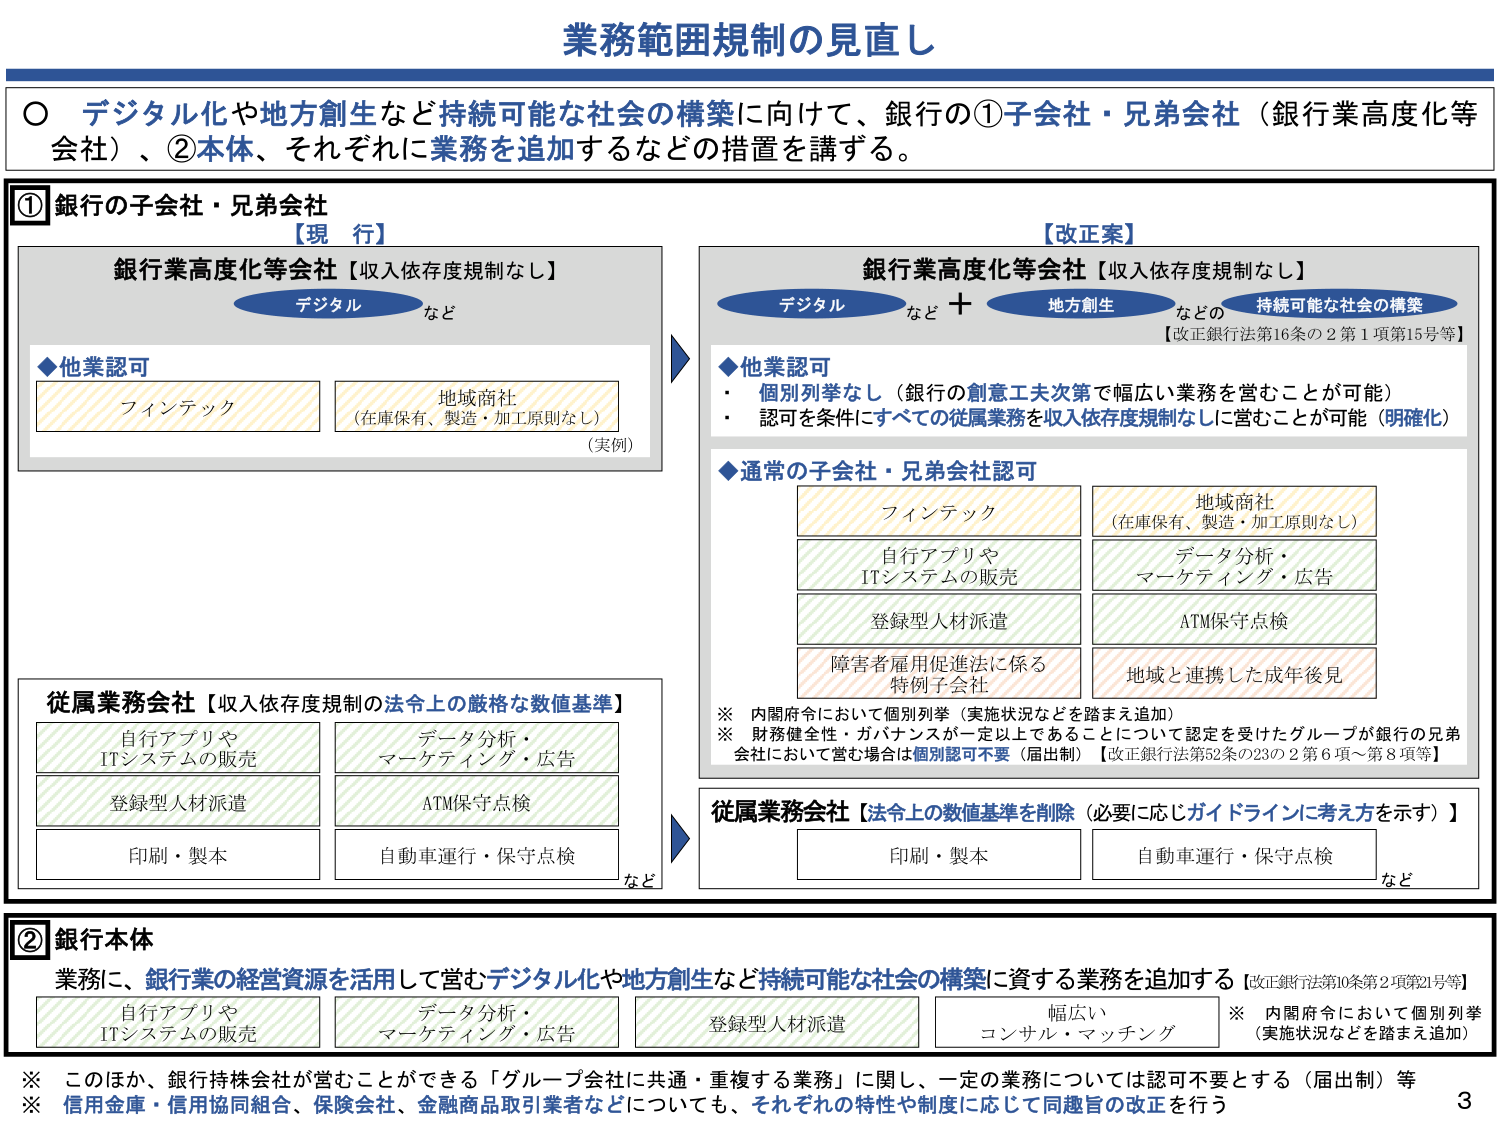
業務範囲規制の見直し

○ デジタル化や地方創生など持続可能な社会の構築に向けて、銀行の①子会社・兄弟会社（銀行業高度化等会社）、②本体、それぞれに業務を追加するなどの措置を講ずる。

①銀行の子会社・兄弟会社

【現 行】
銀行業高度化等会社【収入依存度規制なし】
　　デジタル など
　　◆他業認可
　　　　フィンテック
　　　　地域商社
　　　　　　（在庫保有、製造・加工原則なし）
　　　　　　（実例）

従属業務会社【収入依存度規制の法令上の厳格な数値基準】
　　自行アプリやITシステムの販売
　　データ分析・マーケティング・広告
　　登録型人材派遣
　　ATM保守点検
　　印刷・製本
　　自動車運行・保守点検
　　など

【改正案】
銀行業高度化等会社【収入依存度規制なし】
　　デジタル など + 地方創生 などの 持続可能な社会の構築
　　　　【改正銀行法第16条の2第1項第15号等】
　　◆他業認可
　　　　・個別列挙なし（銀行の創意工夫次第で幅広い業務を営むことが可能）
　　　　・認可を条件にすべての従属業務を収入依存度規制なしに営むことが可能（明確化）
　　◆通常の子会社・兄弟会社認可
　　　　フィンテック
　　　　地域商社
　　　　　　（在庫保有、製造・加工原則なし）
　　　　自行アプリやITシステムの販売
　　　　データ分析・マーケティング・広告
　　　　登録型人材派遣
　　　　ATM保守点検
　　　　障害者雇用促進法に係る特例子会社
　　　　地域と連携した成年後見
　　※ 内閣府令において個別列挙（実施状況などを踏まえ追加）
　　※ 財務健全性・ガバナンスが一定以上であることにうって認定を受けたグループが銀行の兄弟会社において営む場合は個別認可不要（届出制）【改正銀行法第52条の23の2第6項～第8項等】

従属業務会社【法令上の数値基準を削除（必要に応じガイドラインに考え方を示す）】
　　印刷・製本
　　自動車運行・保守点検
　　など

②銀行本体
業務に、銀行業の経営資源を活用して営むデジタル化や地方創生など持続可能な社会の構築に資する業務を追加する【改正銀行法第10条第2項第21号等】
　　自行アプリやITシステムの販売
　　データ分析・マーケティング・広告
　　登録型人材派遣
　　幅広いコンサル・マッチング
　　※ 内閣府令において個別列挙（実施状況などを踏まえ追加）

※ このほか、銀行持株会社が営むことができる「グループ会社に共通・重複する業務」に関し、一定の業務については認可不要とする（届出制）等
※ 信用金庫・信用協同組合、保険会社、金融商品取引業者などについても、それぞれの特性や制度に応じて同趣旨の改正を行う

3